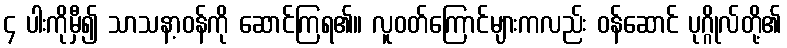
၄ ပါးကိုမှီ၍ သာသနာ့ဝန်ကို ဆောင်ကြရ၏။ လူဝတ်ကြောင်များကလည်း ဝန်ဆောင် ပုဂ္ဂိုလ်တို့၏